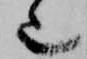
也